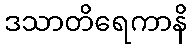
ဒသာတိရေကာနိ